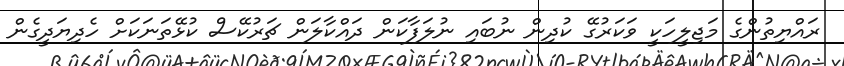
ރައްޔިތުންގެ މަޖިލީހަކީ ވަކަރުގޭ ކުދިން ނުބައި ނުލަފާކަން ދައްކާލަން ޗަރުކޭސް ކުޅޭތަނަކަށް ހެދިޔަދީގެން